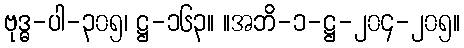
ဗုဒ္ဓ-ပါ-၃၀၅၊ ဋ္ဌ-၁၆၃။ ။အဘိ-၁-ဋ္ဌ-၂၀၄-၂၀၅။